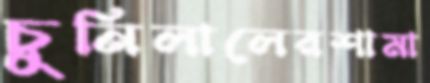
চুনিলালেরশামা